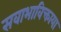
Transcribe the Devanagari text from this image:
सवाभाविक्ताया